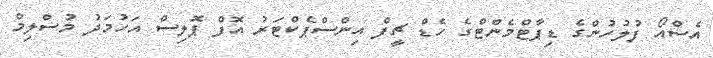
އެސްއޯ ފުލުހުންގެ ޑިޕާޓްމެންޓްގެ ހެޑް ޗީފް އިންސްޕެކްޓަރު އޮފް ޕޮލިސް އަހުމަދު މުސްލިމް